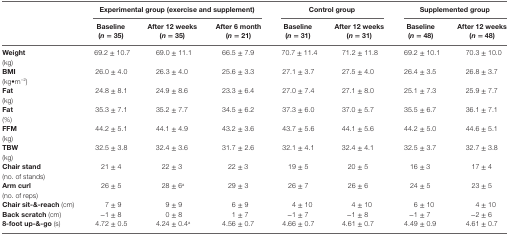
<table><thead><tr><td></td><td colspan="3"><b>Experimental group (exercise and supplement)</b></td><td colspan="2"><b>Control group</b></td><td colspan="2"><b>Supplemented group</b></td></tr><tr><td></td><td><b>Baseline (<i>n</i> = 35)</b></td><td><b>After 12 weeks (<i>n</i> = 35)</b></td><td><b>After 6 month (<i>n</i> = 21)</b></td><td><b>Baseline (<i>n</i> = 31)</b></td><td><b>After 12 weeks (<i>n</i> = 31)</b></td><td><b>Baseline (<i>n</i> = 48)</b></td><td><b>After 12 weeks (<i>n</i> = 48)</b></td></tr></thead><tbody><tr><td><b>Weight</b>(kg)</td><td>69.2 ± 10.7</td><td>69.0 ± 11.1</td><td>66.5 ± 7.9</td><td>70.7 ± 11.4</td><td>71.2 ± 11.8</td><td>69.2 ± 10.1</td><td>70.3 ± 10.0</td></tr><tr><td><b>BMI</b>(kg•m<sup>−2</sup>)</td><td>26.0 ± 4.0</td><td>26.3 ± 4.0</td><td>25.6 ± 3.3</td><td>27.1 ± 3.7</td><td>27.5 ± 4.0</td><td>26.4 ± 3.5</td><td>26.8 ± 3.7</td></tr><tr><td><b>Fat</b>(kg)</td><td>24.8 ± 8.1</td><td>24.9 ± 8.6</td><td>23.3 ± 6.4</td><td>27.0 ± 7.4</td><td>27.1 ± 8.0</td><td>25.1 ± 7.3</td><td>25.9 ± 7.7</td></tr><tr><td><b>Fat</b>(%)</td><td>35.3 ± 7.1</td><td>35.2 ± 7.7</td><td>34.5 ± 6.2</td><td>37.3 ± 6.0</td><td>37.0 ± 5.7</td><td>35.5 ± 6.7</td><td>36.1 ± 7.1</td></tr><tr><td><b>FFM</b>(kg)</td><td>44.2 ± 5.1</td><td>44.1 ± 4.9</td><td>43.2 ± 3.6</td><td>43.7 ± 5.6</td><td>44.1 ± 5.6</td><td>44.2 ± 5.0</td><td>44.6 ± 5.1</td></tr><tr><td><b>TBW</b>(kg)</td><td>32.5 ± 3.8</td><td>32.4 ± 3.6</td><td>31.7 ± 2.6</td><td>32.1 ± 4.1</td><td>32.4 ± 4.1</td><td>32.5 ± 3.7</td><td>32.7 ± 3.8</td></tr><tr><td><b>Chair stand</b>(no. of stands)</td><td>21 ± 4</td><td>22 ± 3</td><td>22 ± 3</td><td>19 ± 5</td><td>20 ± 5</td><td>16 ± 3</td><td>17 ± 4</td></tr><tr><td><b>Arm curl</b>(no. of reps)</td><td>26 ± 5</td><td>28 ± 6<sup>a</sup></td><td>29 ± 3</td><td>26 ± 7</td><td>26 ± 6</td><td>24 ± 5</td><td>23 ± 5</td></tr><tr><td><b>Chair sit-&amp;-reach</b> (cm)</td><td>7 ± 9</td><td>9 ± 9</td><td>6 ± 9</td><td>4 ± 10</td><td>4 ± 10</td><td>6 ± 10</td><td>4 ± 10</td></tr><tr><td><b>Back scratch</b> (cm)</td><td>−1 ± 8</td><td>0 ± 8</td><td>1 ± 7</td><td>−1 ± 7</td><td>−1 ± 8</td><td>−1 ± 7</td><td>−2 ± 6</td></tr><tr><td><b>8-foot up-&amp;-go</b> (s)</td><td>4.72 ± 0.5</td><td>4.24 ± 0.4<sup>a</sup></td><td>4.56 ± 0.7</td><td>4.66 ± 0.7</td><td>4.61 ± 0.7</td><td>4.49 ± 0.9</td><td>4.61 ± 0.7</td></tr></tbody></table>